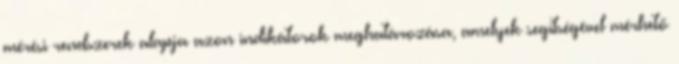
mérési rendszerek alapja azon indikátorok meghatározása, amelyek segítségével mérhető